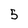
Character: 5